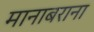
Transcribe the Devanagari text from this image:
मानाबराना